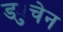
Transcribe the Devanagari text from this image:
ड्युचेन